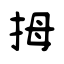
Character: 拇